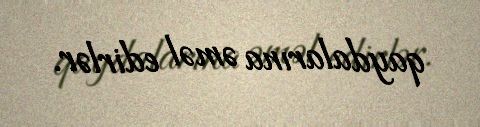
qaydalarına əməl edirlər.